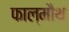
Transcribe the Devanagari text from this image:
फाल्मौथ